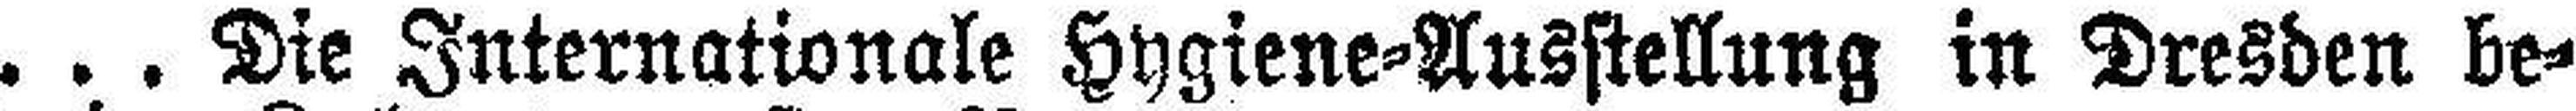
... Die Internationale Hygiene=Ausstellung in Dresden be¬